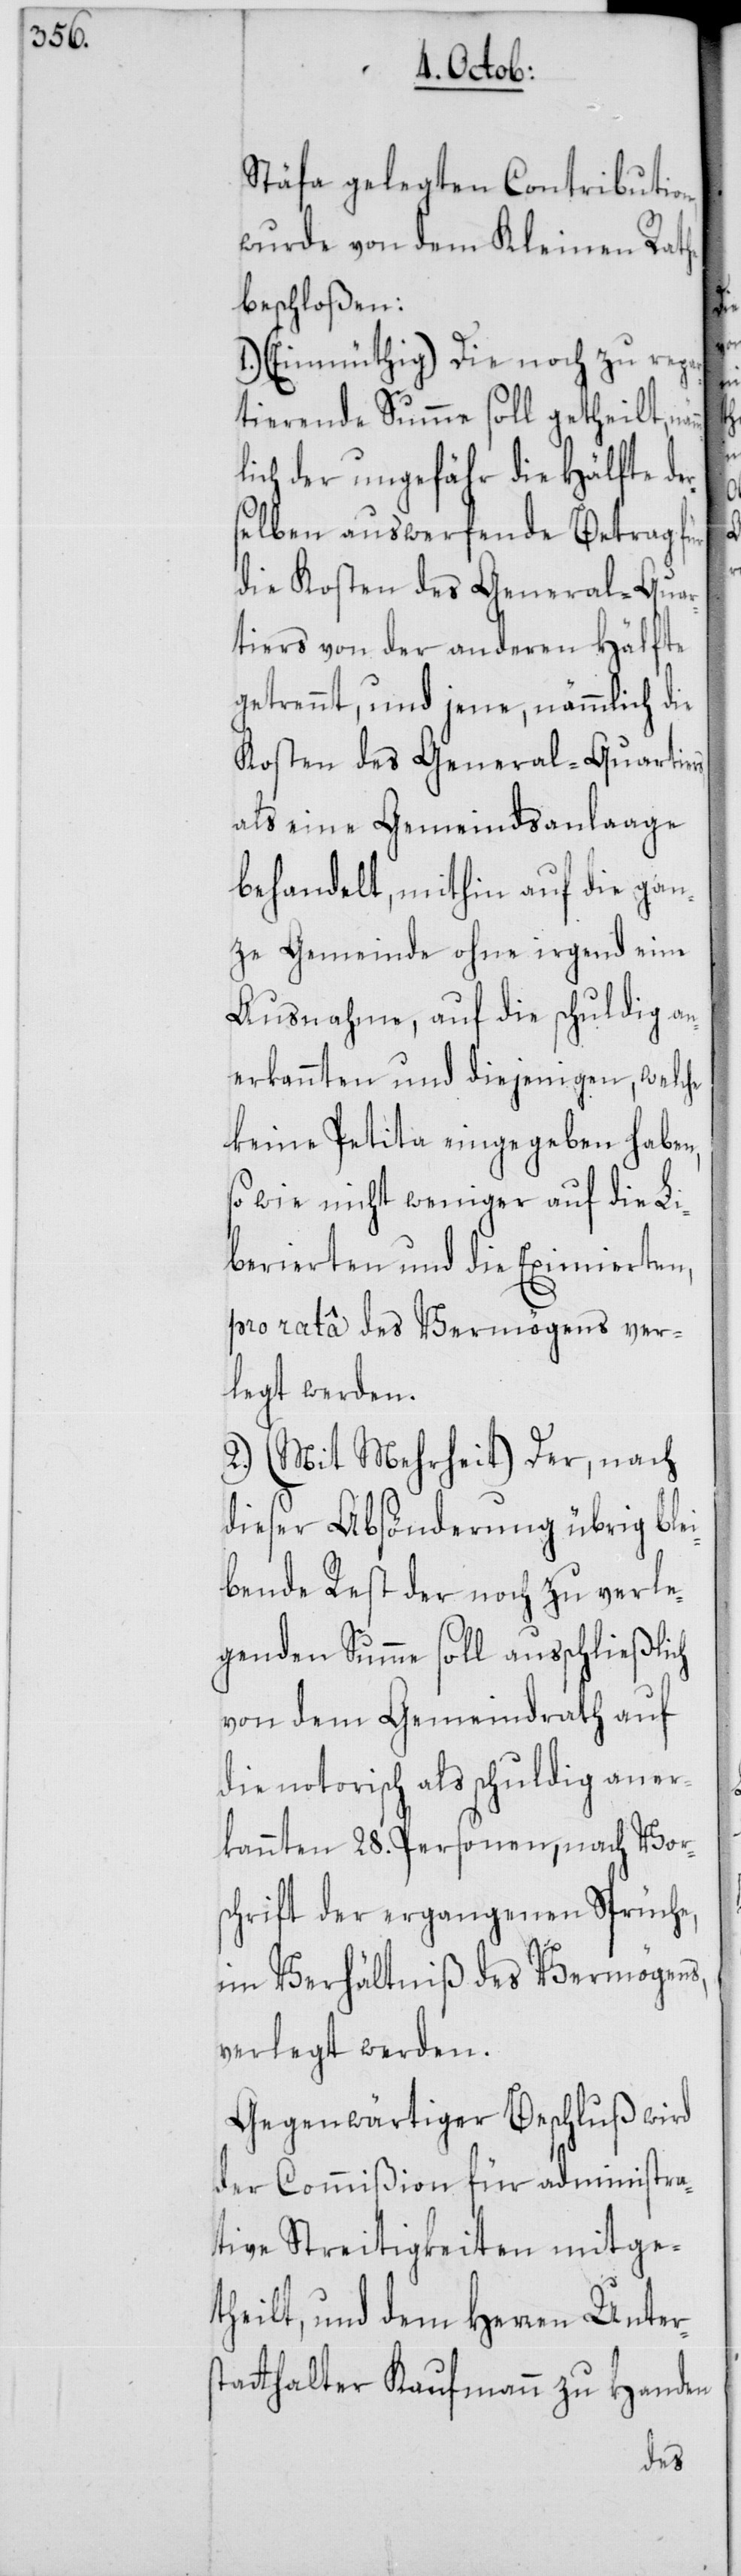
ämm¬

Stäfa gelegten Contribution,
wurde von dem Kleinen Rathe
beschloßen:
1.) (Einmüthig) Die noch zu repar¬
tierende Summe soll getheilt, n¬
lich der ungefähr die Hälfte de¬
rselben auswerfende Betrag für
die Kosten des General-Quar¬
tiers von der anderen Hälfte
getrennt, und jene, nämmlich
Kosten des General-Quartiers,
als eine Gemeindsanlaage
behandelt, mithin auf die gan¬
ze Gemeinde ohne irgend eine
Ausnahme, auf die schuldig a¬
nerkannten und diejenigen, welche
keine Petita eingegeben haben,
so wie nicht weniger auf die Li¬
berierten und die Eximierten,
pro ratâ des Vermögens ver¬
legt werden.
2.) (Mit Mehrheit) Der, nach
dieser Absönderung übrig blei¬
bende Rest der noch zu verle¬
genden Summe soll ausschließlich
von dem Gemeindrath auf
die notorisch als schuldig aner¬
kannten 28. Personen, nach Vors¬
chrift der ergangenen Sprüche,
im Verhältniß des Vermögens,
verlegt werden.
Gegenwärtiger Beschluß wird
der Commißion für administra¬
tive Streitigkeiten mitge¬
theilt, und dem Herren Unter¬
statthalter Kaufmann zu Handen